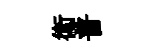
衛普